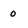
Character: 0